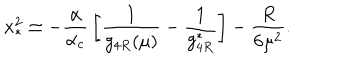
LaTeX: x _ { \ast } ^ { 2 } \simeq - { \frac { \alpha } { \alpha _ { c } } } \left[ { \frac { 1 } { g _ { 4 R } ( \mu ) } } - { \frac { 1 } { g _ { 4 R } ^ { \ast } } } \right] - { \frac { R } { 6 \mu ^ { 2 } } } .